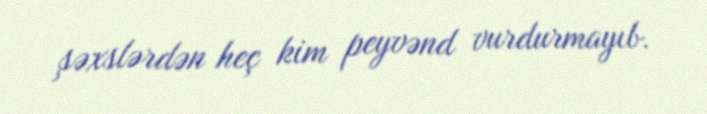
şəxslərdən heç kim peyvənd vurdurmayıb.